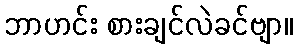
ဘာဟင်း စားချင်လဲခင်ဗျာ။